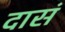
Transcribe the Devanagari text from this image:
दासं